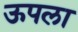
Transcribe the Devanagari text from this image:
ऊपला